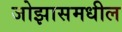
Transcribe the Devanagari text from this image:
जोझासमधील